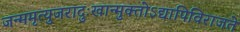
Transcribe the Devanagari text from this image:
जन्ममृत्युजरादुःखान्मुक्‍तोऽद्यापिविराजते